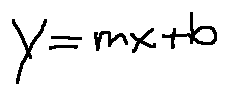
y = m x + b